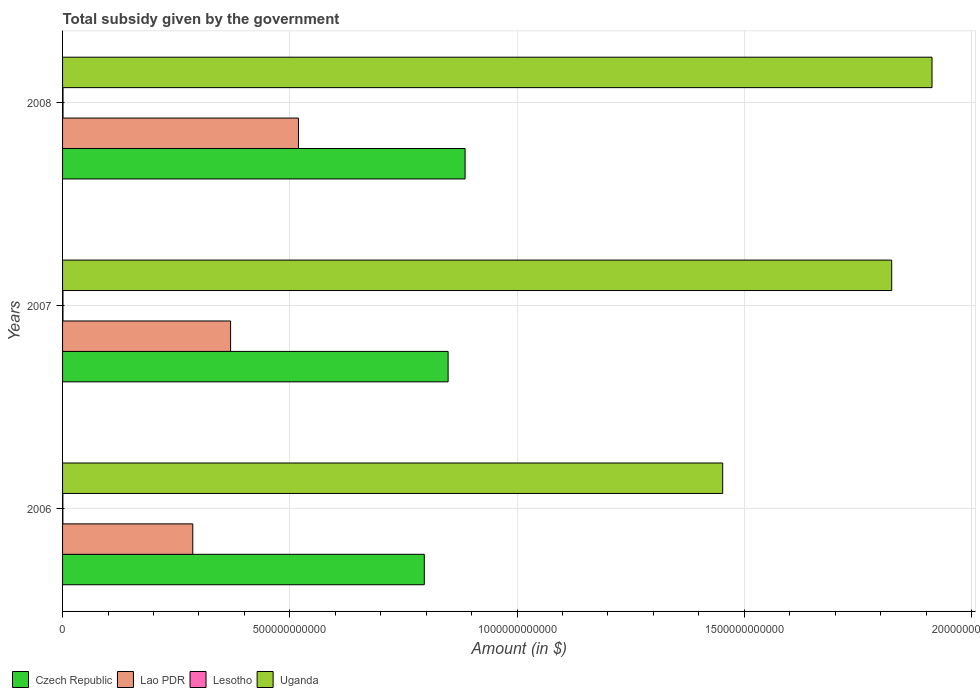
| Years | Czech Republic | Lao PDR | Lesotho | Uganda |
 | --- | --- | --- | --- | --- |
 | 2006 | 7.96e+11 | 2.87e+11 | 6.32e+08 | 1.45e+12 |
 | 2007 | 8.48e+11 | 3.7e+11 | 8.93e+08 | 1.82e+12 |
 | 2008 | 8.86e+11 | 5.19e+11 | 9.82e+08 | 1.91e+12 |